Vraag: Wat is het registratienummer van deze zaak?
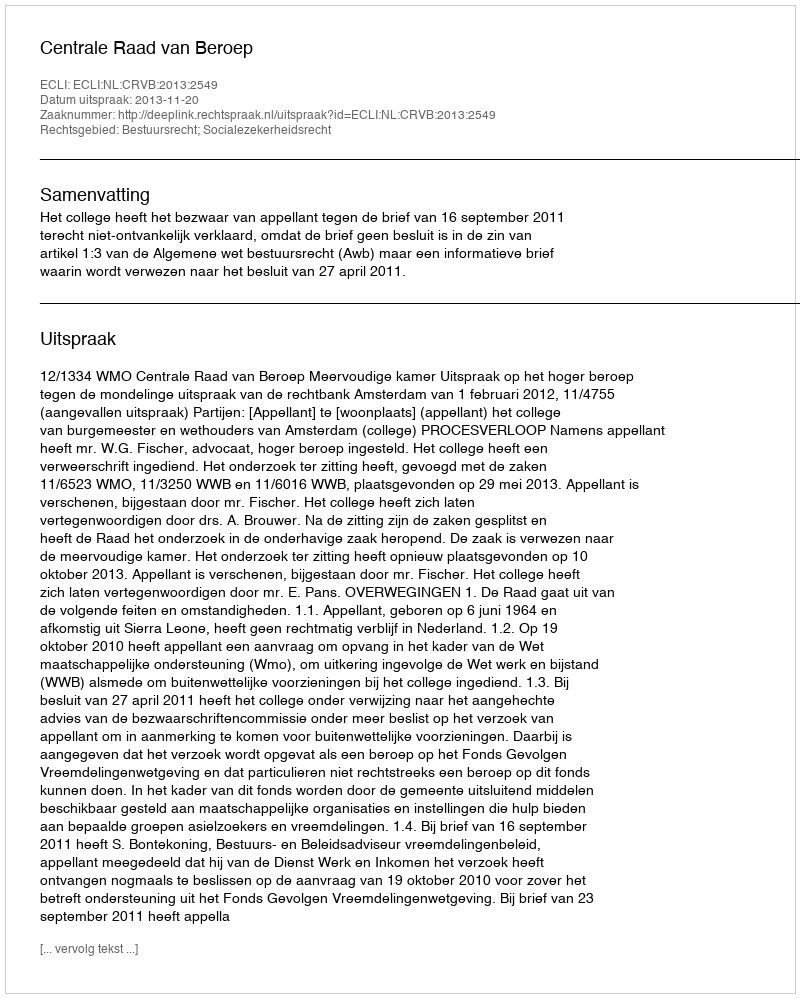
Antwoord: http://deeplink.rechtspraak.nl/uitspraak?id=ECLI:NL:CRVB:2013:2549